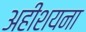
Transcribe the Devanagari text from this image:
अहीशयना